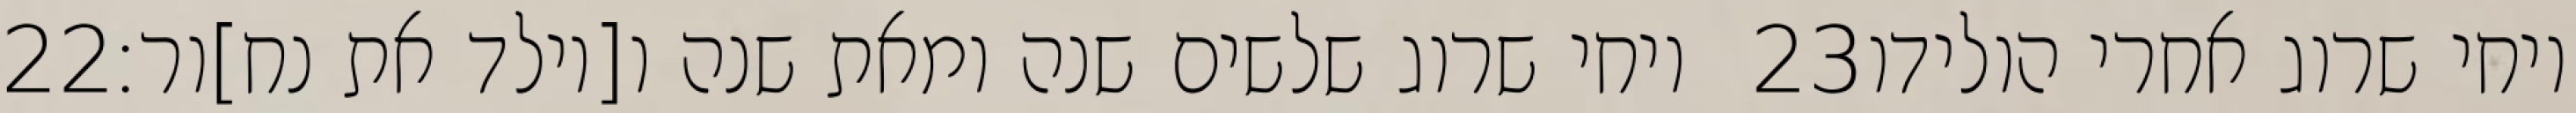
‎22‏ ויחי שרוג שלשים שנה ומאת שנה ו[יולד את נח]ור׃ ‎23‏ ויחי שרוג אחרי הולידו